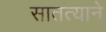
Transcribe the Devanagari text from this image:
सातत्‍याने